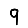
Digit: 9